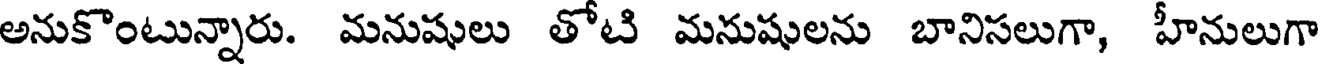
అనుకొంటున్నారు. మనుషులు తోటి మనుషులను బానిసలుగా, హీనులుగా